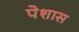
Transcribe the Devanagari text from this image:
पेशास